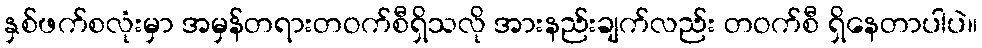
နှစ်ဖက်စလုံးမှာ အမှန်တရားတဝက်စီရှိသလို အားနည်းချက်လည်း တဝက်စီ ရှိနေတာပါပဲ။